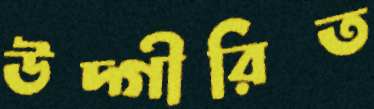
উদ্‌গীরিত